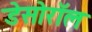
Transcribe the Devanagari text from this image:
डेसोरॉल